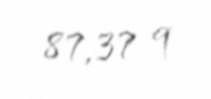
87,37 q